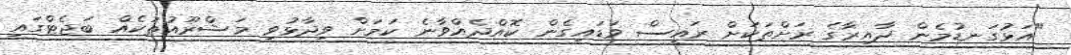
"އަޅުގަނޑުމެން ދާއިރާގެ ރަށްތަކަށް ރައީސް ވަޑައިގެން ކޮއްދެއްވާނެ ކަމަށް ވިދާޅުވި މަޝްރޫއުތަކެއް ބަޖެޓްގައި